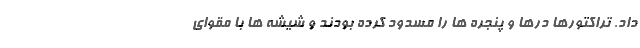
داد. تراکتورها درها و پنجره ها را مسدود کرده بودند و شیشه ها با مقوای